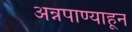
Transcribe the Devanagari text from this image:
अन्नपाण्याहून